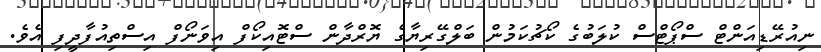
ނިއުރޭޑިއަންޓް ސްޕޯޓްސް ކުލަބުގެ ކޯޗުކަމުން ބަލްގޭރިޔާގެ ޔޮރްދާން ސްޓޮއިކޯފް އިވަނޯފް އިސްތިއުފާދީފި އެވެ.